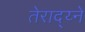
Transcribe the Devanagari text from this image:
तेराद्य्ने